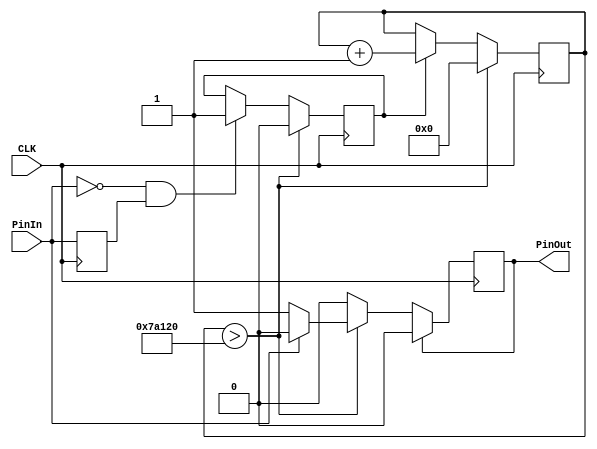
module key_model             //
 (
 		input       CLK,                     //FPGA					
 		input       PinIn,
 		output      PinOut 	            
 );
 
 
reg rPinOut;
reg LastPinIn;
reg En;
reg [19:0]count;
  
always @ ( posedge CLK ) //
 begin
	LastPinIn <= PinIn;
	if( (PinIn==0)&&(LastPinIn==1) ) begin 
		En<='b1;
	end
	
	if(En==1) begin
		count <= count + 'b1;
	end 
	
	if(count>'d500000) begin
		if(PinIn==0) begin
			rPinOut <= 'b1;
		end 
		count <= 'd0;
		En <= 'b0;
	end 
	
	if(rPinOut==1) begin
		rPinOut <= 'b0;
	end
	
 end 
		
/****************************/          

assign PinOut = rPinOut; 

/****************************/  


endmodule